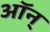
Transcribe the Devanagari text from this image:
ऑन्